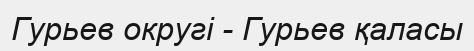
Гурьев округі - Гурьев қаласы